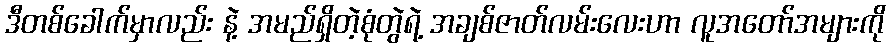
ဒီတစ်ခေါက်မှာလည်း နဲ့ အမည်ရှိတဲ့စုံတွဲရဲ့ အချစ်ဇာတ်လမ်းလေးဟာ လူအတော်အများကို